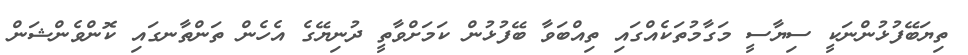
ތިޔަބޭފުޅުންނަކީ ސިޔާސީ މަގާމުތަކެއްގައި ތިއްބަވާ ބޭފުޅުން ކަމަށްވާތީ ދުނިޔޭގެ އެހެން ތަންތާނގައި ކޮންވެންޝަން